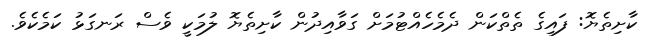
ކާށިތެޔޮ: ފައިގެ ތެތްކަން ދެމެހެއްޓުމަށް ގަވާއިދުން ކާށިތެޔޮ ލުމަކީ ވެސް ރަނގަޅު ކަމެކެވެ.